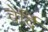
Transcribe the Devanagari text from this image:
वेर्दि